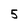
Character: 5